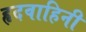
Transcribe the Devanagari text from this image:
हृदवाहिनी